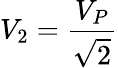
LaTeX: V_{2}=\frac{V_{P}}{\sqrt{2}}